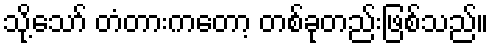
သို့သော် တံတားကတော့ တစ်ခုတည်းဖြစ်သည်။